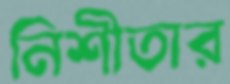
নিশীতার